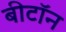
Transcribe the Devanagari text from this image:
बीटॉन